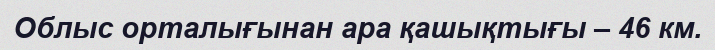
Облыс орталығынан ара қашықтығы – 46 км.